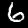
Digit: 6